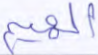
الهيم